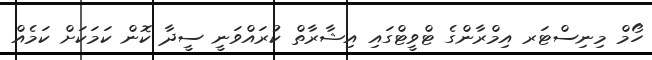
ހޯމް މިނިސްޓަރ އިމްރާންގެ ޓްވީޓްގައި އިޝާރާތް ކުރައްވަނީ ސީދާ ކޮން ކަމަކަށް ކަމެއް